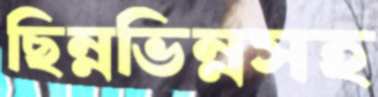
ছিন্নভিন্নসহ